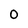
Character: 0